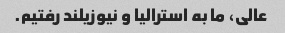
عالی، ما به استرالیا و نیوزیلند رفتیم.